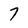
Character: 7